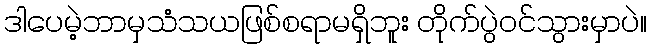
ဒါပေမဲ့ဘာမှသံသယဖြစ်စရာမရှိဘူး တိုက်ပွဲဝင်သွားမှာပဲ။